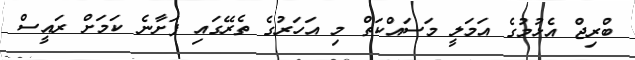
ބްރިޖް އެޅުމުގެ އަމަލީ މަސައްކަތް މި އަހަރުގެ ތެރޭގައި ފަށާނެ ކަމަށް ރައީސް